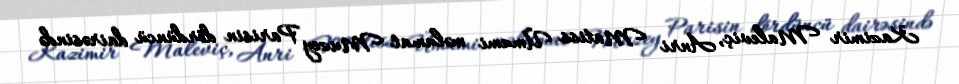
Kazimir Maleviç, Anri Matiss Ümumi məlumat Muzey Parisin dördüncü dairəsində